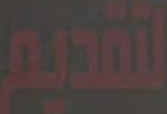
لتقديم